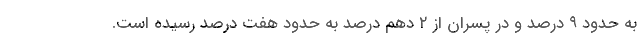
به حدود ۹ درصد و در پسران از ۲ دهم درصد به حدود هفت درصد رسیده است.